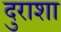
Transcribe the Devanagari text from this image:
दुराशा